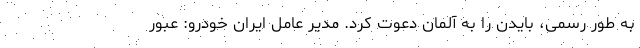
به طور رسمی، بایدن را به آلمان دعوت کرد. مدیر عامل ایران خودرو: عبور